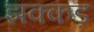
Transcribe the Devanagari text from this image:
झक्कड़